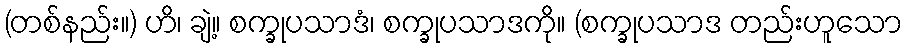
(တစ်နည်း။) ဟိ၊ ချဲ့။ စက္ခုပသာဒံ၊ စက္ခုပသာဒကို။ (စက္ခုပသာဒ တည်းဟူသော